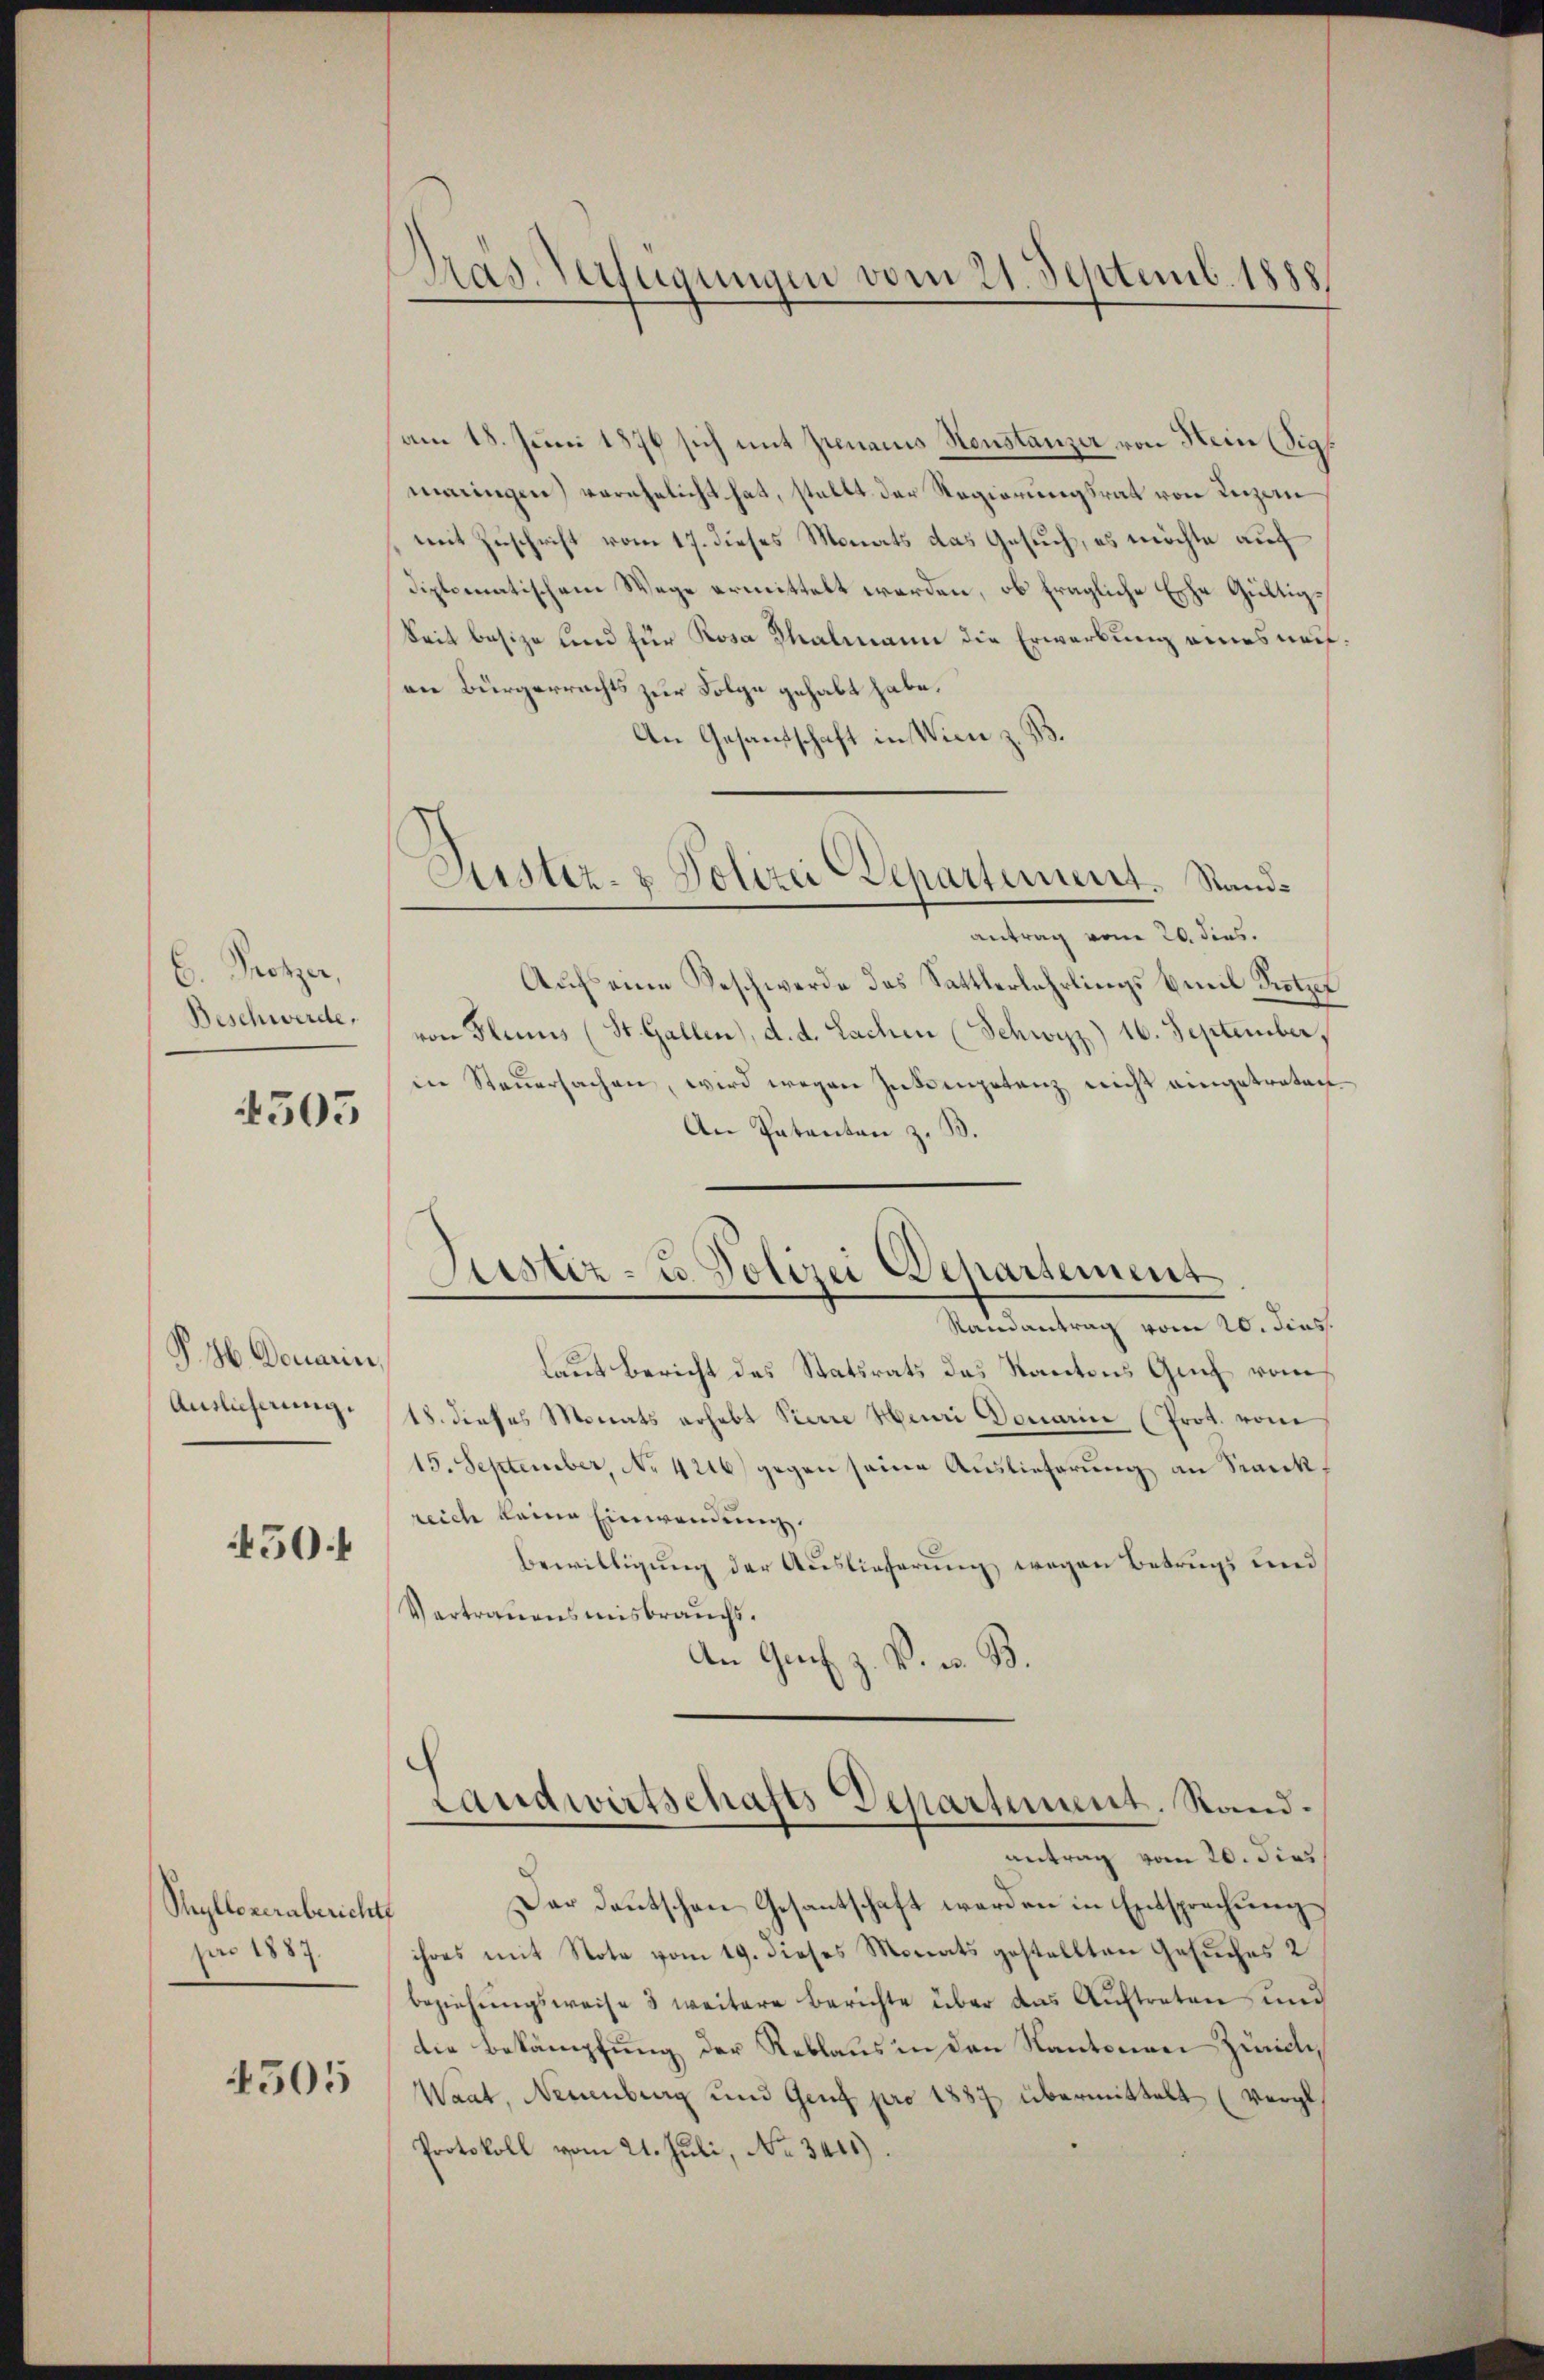
C. Protzer,
Beschwerde,

4505

P. 36. Demarin,
Auslicherung.

50f

Thylloverabericht
pro 1883.

4505

Präs. Verfügungen vom 21. Septemb. 1888

am 18. Juni 1876 sich mit Zunamis Neustanzer von Hein (sig.
maringen) verehelicht hat, stellt der Regierungsrat von Luzern
mit Zuschrift vom 17. dieses Monats das Gesuch, es möchte auf
diplomatischem Wege ermittelt werden, ob fragliche Esche Gültigkeit besize und für Rosa Thalmann die Erwerbung eines neifdie Bürgerrechts zur Folge gehabt habe.
An Gesandschaft in Wien z. B.
antrag vom 26. dies.
Auf eine Beschwerde das Sattlerlehrlings Emil Trotzet
von Flunis (St. Gallen, d. d. Lachen (Schwyz) 16. September,
in Steŭersachen, wird wegen Inkompetenz nicht eingetreten
An Patenten z. B.
Randantrag vom 20. Jins.
laut Bericht des Statsrats das Kantons Gut vom
18. dieses Monats erhebt Pierre Henri Douarin (Prot. vom
15. September, No 4216) gegen seine Auslieferung an Sank.
reich keine Einwendung.
Bewilligung der Auslieferung wegen Betrugs und
Vertrauensmisbrauchs.
An Genf z. B. v. B.
Landwirtschafts-Departement. Stand.
antrag vom 20. dies
Der Deutschen Gesantschaft werden in Entsprechung
ihres mit Note vom 19. dieses Monats gestellten Gesuches 2
beziehŭngsweise 3 weitere Berichte über das Aŭftreten und
die Bekämpfung der Reblaus in den Kantonen Zürich¬
Waat, Neuenburg und Genf pro 1887 übermittelt (Vergl.
Protokoll vom 21. Juli, No. 341)

Justiz- & Polizei Departement. Stand¬

Justiz- u. Polizei Departement